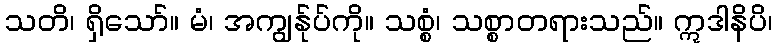
သတိ၊ ရှိသော်။ မံ၊ အကျွန်ုပ်ကို။ သစ္စံ၊ သစ္စာတရားသည်။ ဣဒါနိပိ၊